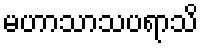
မဟာသာသပရာသိ